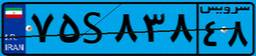
۷۵S۸۳۸۴۸